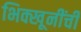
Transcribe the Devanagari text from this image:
भिक्खूनींची